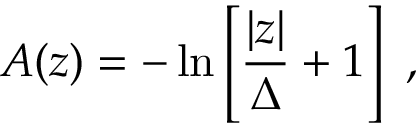
A ( z ) = - \ln \left[ { \frac { | z | } { \Delta } } + 1 \right] ~ ,